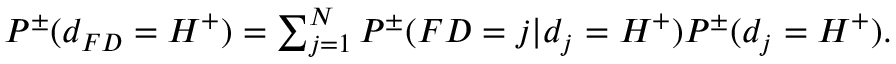
\begin{array} { r } { P ^ { \pm } ( d _ { F D } = H ^ { + } ) = \sum _ { j = 1 } ^ { N } P ^ { \pm } ( F D = j | d _ { j } = H ^ { + } ) P ^ { \pm } ( d _ { j } = H ^ { + } ) . } \end{array}